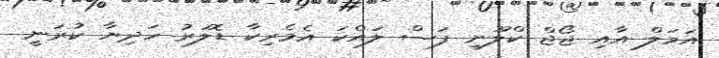
އަމަލް އާއި ޖޯޖް ކްލޫނީ ފަސް ލައްކަ އެމެރިކާ ޑޮލަރު ހަދިޔާ ކުރަނީ